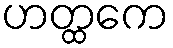
ဟတ္ထကေ